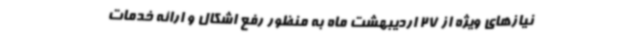
نیازهای ویژه از 27 اردیبهشت ماه به منظور رفع اشکال و ارائه خدمات